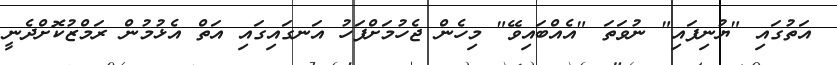
އަތުގައި "ޔުނިފައި" ނުވަތަ "އެއްބައިވޭ" މިހެން ޖެހުމަށްފަހު އަނގައިގައި އަތް އެޅުމުން ރަމްޒުކޮށްދެނީ